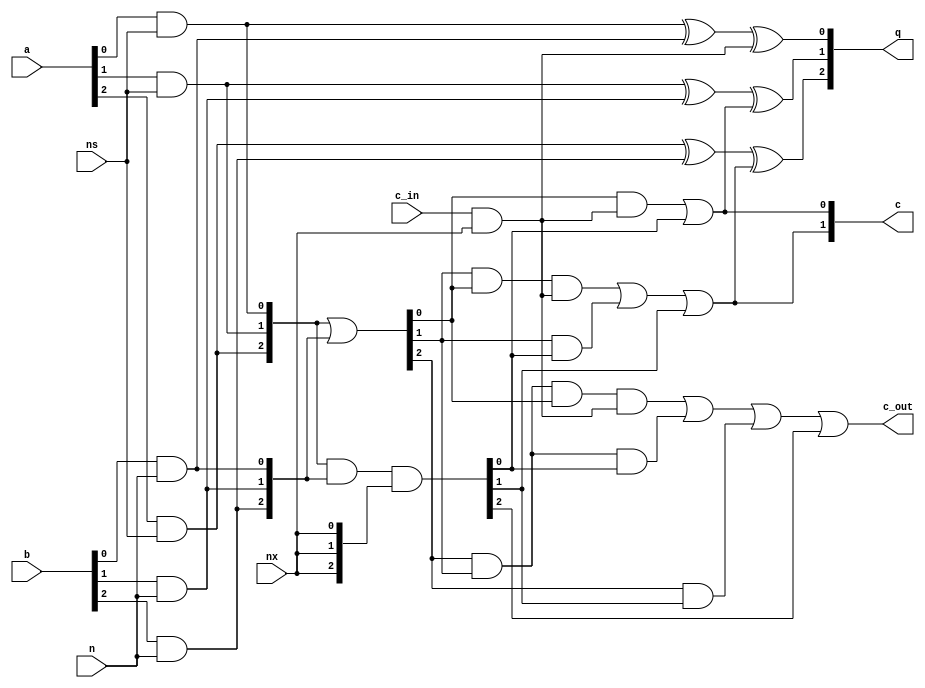
module alu3 (input [2:0] a, input [2:0] b, input nx, input c_in, input ns, input n,
				 output [2:0] q, output [1:0] c, output c_out);
				 
  wire [2:0] as = { a[2] & ns, a[1] & ns, a[0] & ns };
  wire [2:0] bx = { b[2] & n, b[1] & n, b[0] & n };
  wire c_in_x = c_in & nx;
  
  wire [2:0] p = as | bx;
  wire [2:0] g = as & bx & { nx, nx, nx };
  
  assign c[0] = (p[0] & c_in_x) | g[0];
  assign c[1] = (p[1] & p[0] & c_in_x) | (p[1] & g[0]) | g[1];
  assign c_out = (p[2] & p[1] & p[0] & c_in_x) | (p[2] & p[1] & g[0]) | (p[2] & g[1]) | g[2];
  
  assign q[0] = (as[0] ^ bx[0]) ^ c_in_x;
  assign q[1] = (as[1] ^ bx[1]) ^ c[0];
  assign q[2] = (as[2] ^ bx[2]) ^ c[1];
  
endmodule